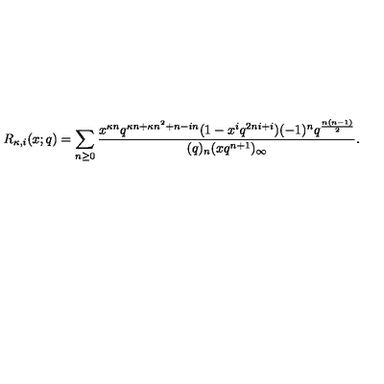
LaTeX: R _ { \kappa , i } ( x ; q ) = \sum _ { n \geq 0 } \frac { x ^ { \kappa n } q ^ { \kappa n + \kappa n ^ { 2 } + n - i n } ( 1 - x ^ { i } q ^ { 2 n i + i } ) ( - 1 ) ^ { n } q ^ { \frac { n ( n - 1 ) } { 2 } } } { ( q ) _ { n } ( x q ^ { n + 1 } ) _ { \infty } } .